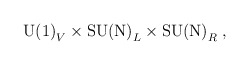
\begin{align*}\mbox{U(1)}_V \times \mbox{SU(N)}_L\times \mbox{SU(N)}_R \; ,\end{align*}